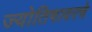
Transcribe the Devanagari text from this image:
ज्योतिषावरचे